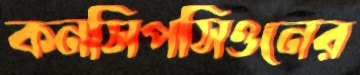
কনসিপসিওনের